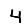
Digit: 4